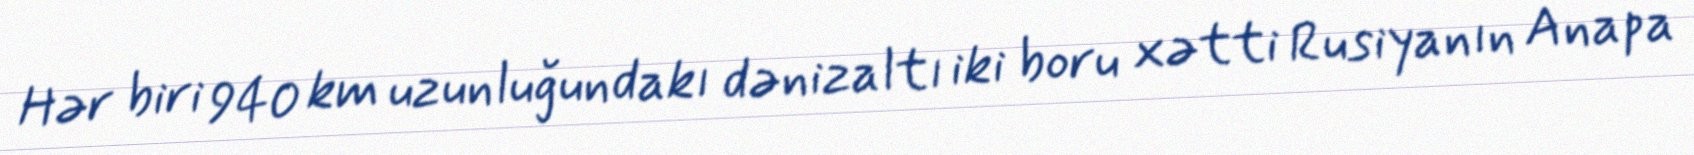
Hər biri 940 km uzunluğundakı dənizaltı iki boru xətti Rusiyanın Anapa